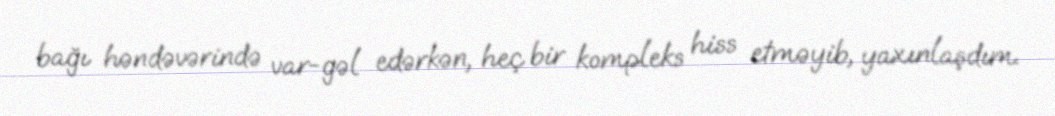
bağı həndəvərində var-gəl edərkən, heç bir kompleks hiss etməyib, yaxınlaşdım.